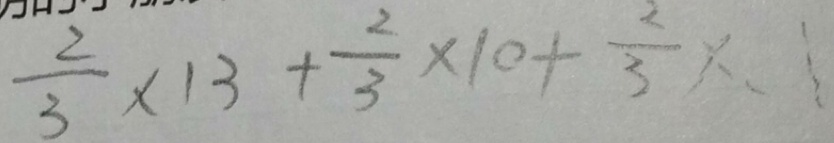
\frac { 2 } { 3 } \times 1 3 + \frac { 2 } { 3 } \times 1 0 + \frac { 2 } { 3 } \times 1